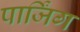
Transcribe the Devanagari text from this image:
पार्जिंग